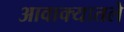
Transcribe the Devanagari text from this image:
आवाक्यातले